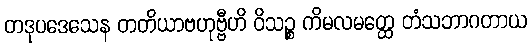
တဒုပဒေသေန တတိယာဗဟုဗ္ဗီဟိ ဝိသဉ္စ ကိမလမတ္ထေ တံသဘာဂတာယ